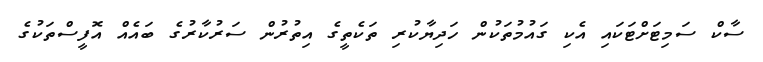
ސާކް ސަމިޓަށްޓަކައި އެކި ގައުމުތަކުން ހަދިޔާކުރި ތަކެތީގެ އިތުރުން ސަރުކާރުގެ ބައެއް އޮފީސްތަކުގެ